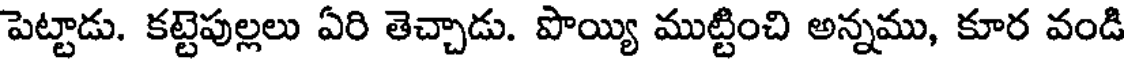
పెట్టాడు. కట్టెపుల్లలు ఏరి తెచ్చాడు. పొయ్యి ముట్టించి అన్నము, కూర వండి